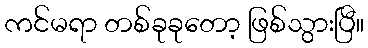
ကင်မရာ တစ်ခုခုတော့ ဖြစ်သွားပြီ။